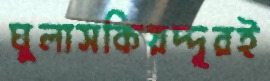
ঘুলাসকিয়দ্দূরই